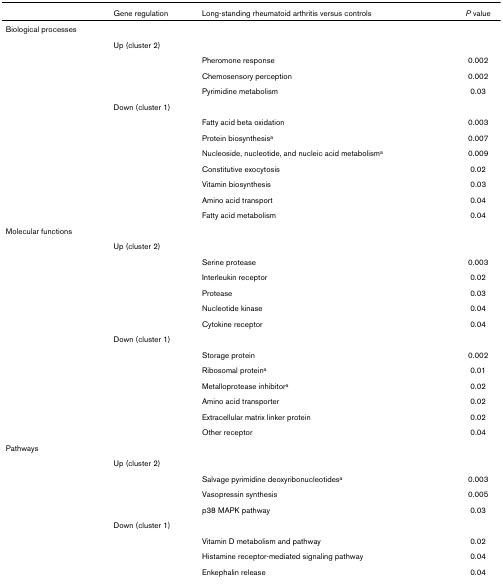
|  | Gene regulation | Long-standing rheumatoid arthritis versus controls | P value |
 | --- | --- | --- | --- |
 | Biological processes |  |  |  |
 |  | Up (cluster 2) |  |  |
 |  |  | Pheromone response | 0.002 |
 |  |  | Chemosensory perception | 0.002 |
 |  |  | Pyrimidine metabolism | 0.03 |
 |  | Down (cluster 1) |  |  |
 |  |  | Fatty acid beta oxidation | 0.003 |
 |  |  | Protein biosynthesisa | 0.007 |
 |  |  | Nucleoside, nucleotide, and nucleic acid metabolisma | 0.009 |
 |  |  | Constitutive exocytosis | 0.02 |
 |  |  | Vitamin biosynthesis | 0.03 |
 |  |  | Amino acid transport | 0.04 |
 |  |  | Fatty acid metabolism | 0.04 |
 | Molecular functions |  |  |  |
 |  | Up (cluster 2) |  |  |
 |  |  | Serine protease | 0.003 |
 |  |  | Interleukin receptor | 0.02 |
 |  |  | Protease | 0.03 |
 |  |  | Nucleotide kinase | 0.04 |
 |  |  | Cytokine receptor | 0.04 |
 |  | Down (cluster 1) |  |  |
 |  |  | Storage protein | 0.002 |
 |  |  | Ribosomal proteina | 0.01 |
 |  |  | Metalloprotease inhibitora | 0.02 |
 |  |  | Amino acid transporter | 0.02 |
 |  |  | Extracellular matrix linker protein | 0.02 |
 |  |  | Other receptor | 0.04 |
 | Pathways |  |  |  |
 |  | Up (cluster 2) |  |  |
 |  |  | Salvage pyrimidine deoxyribonucleotidesa | 0.003 |
 |  |  | Vasopressin synthesis | 0.005 |
 |  |  | p38 MAPK pathway | 0.03 |
 |  | Down (cluster 1) |  |  |
 |  |  | Vitamin D metabolism and pathway | 0.02 |
 |  |  | Histamine receptor-mediated signaling pathway | 0.04 |
 |  |  | Enkephalin release | 0.04 |